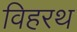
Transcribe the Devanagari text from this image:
विहरथ